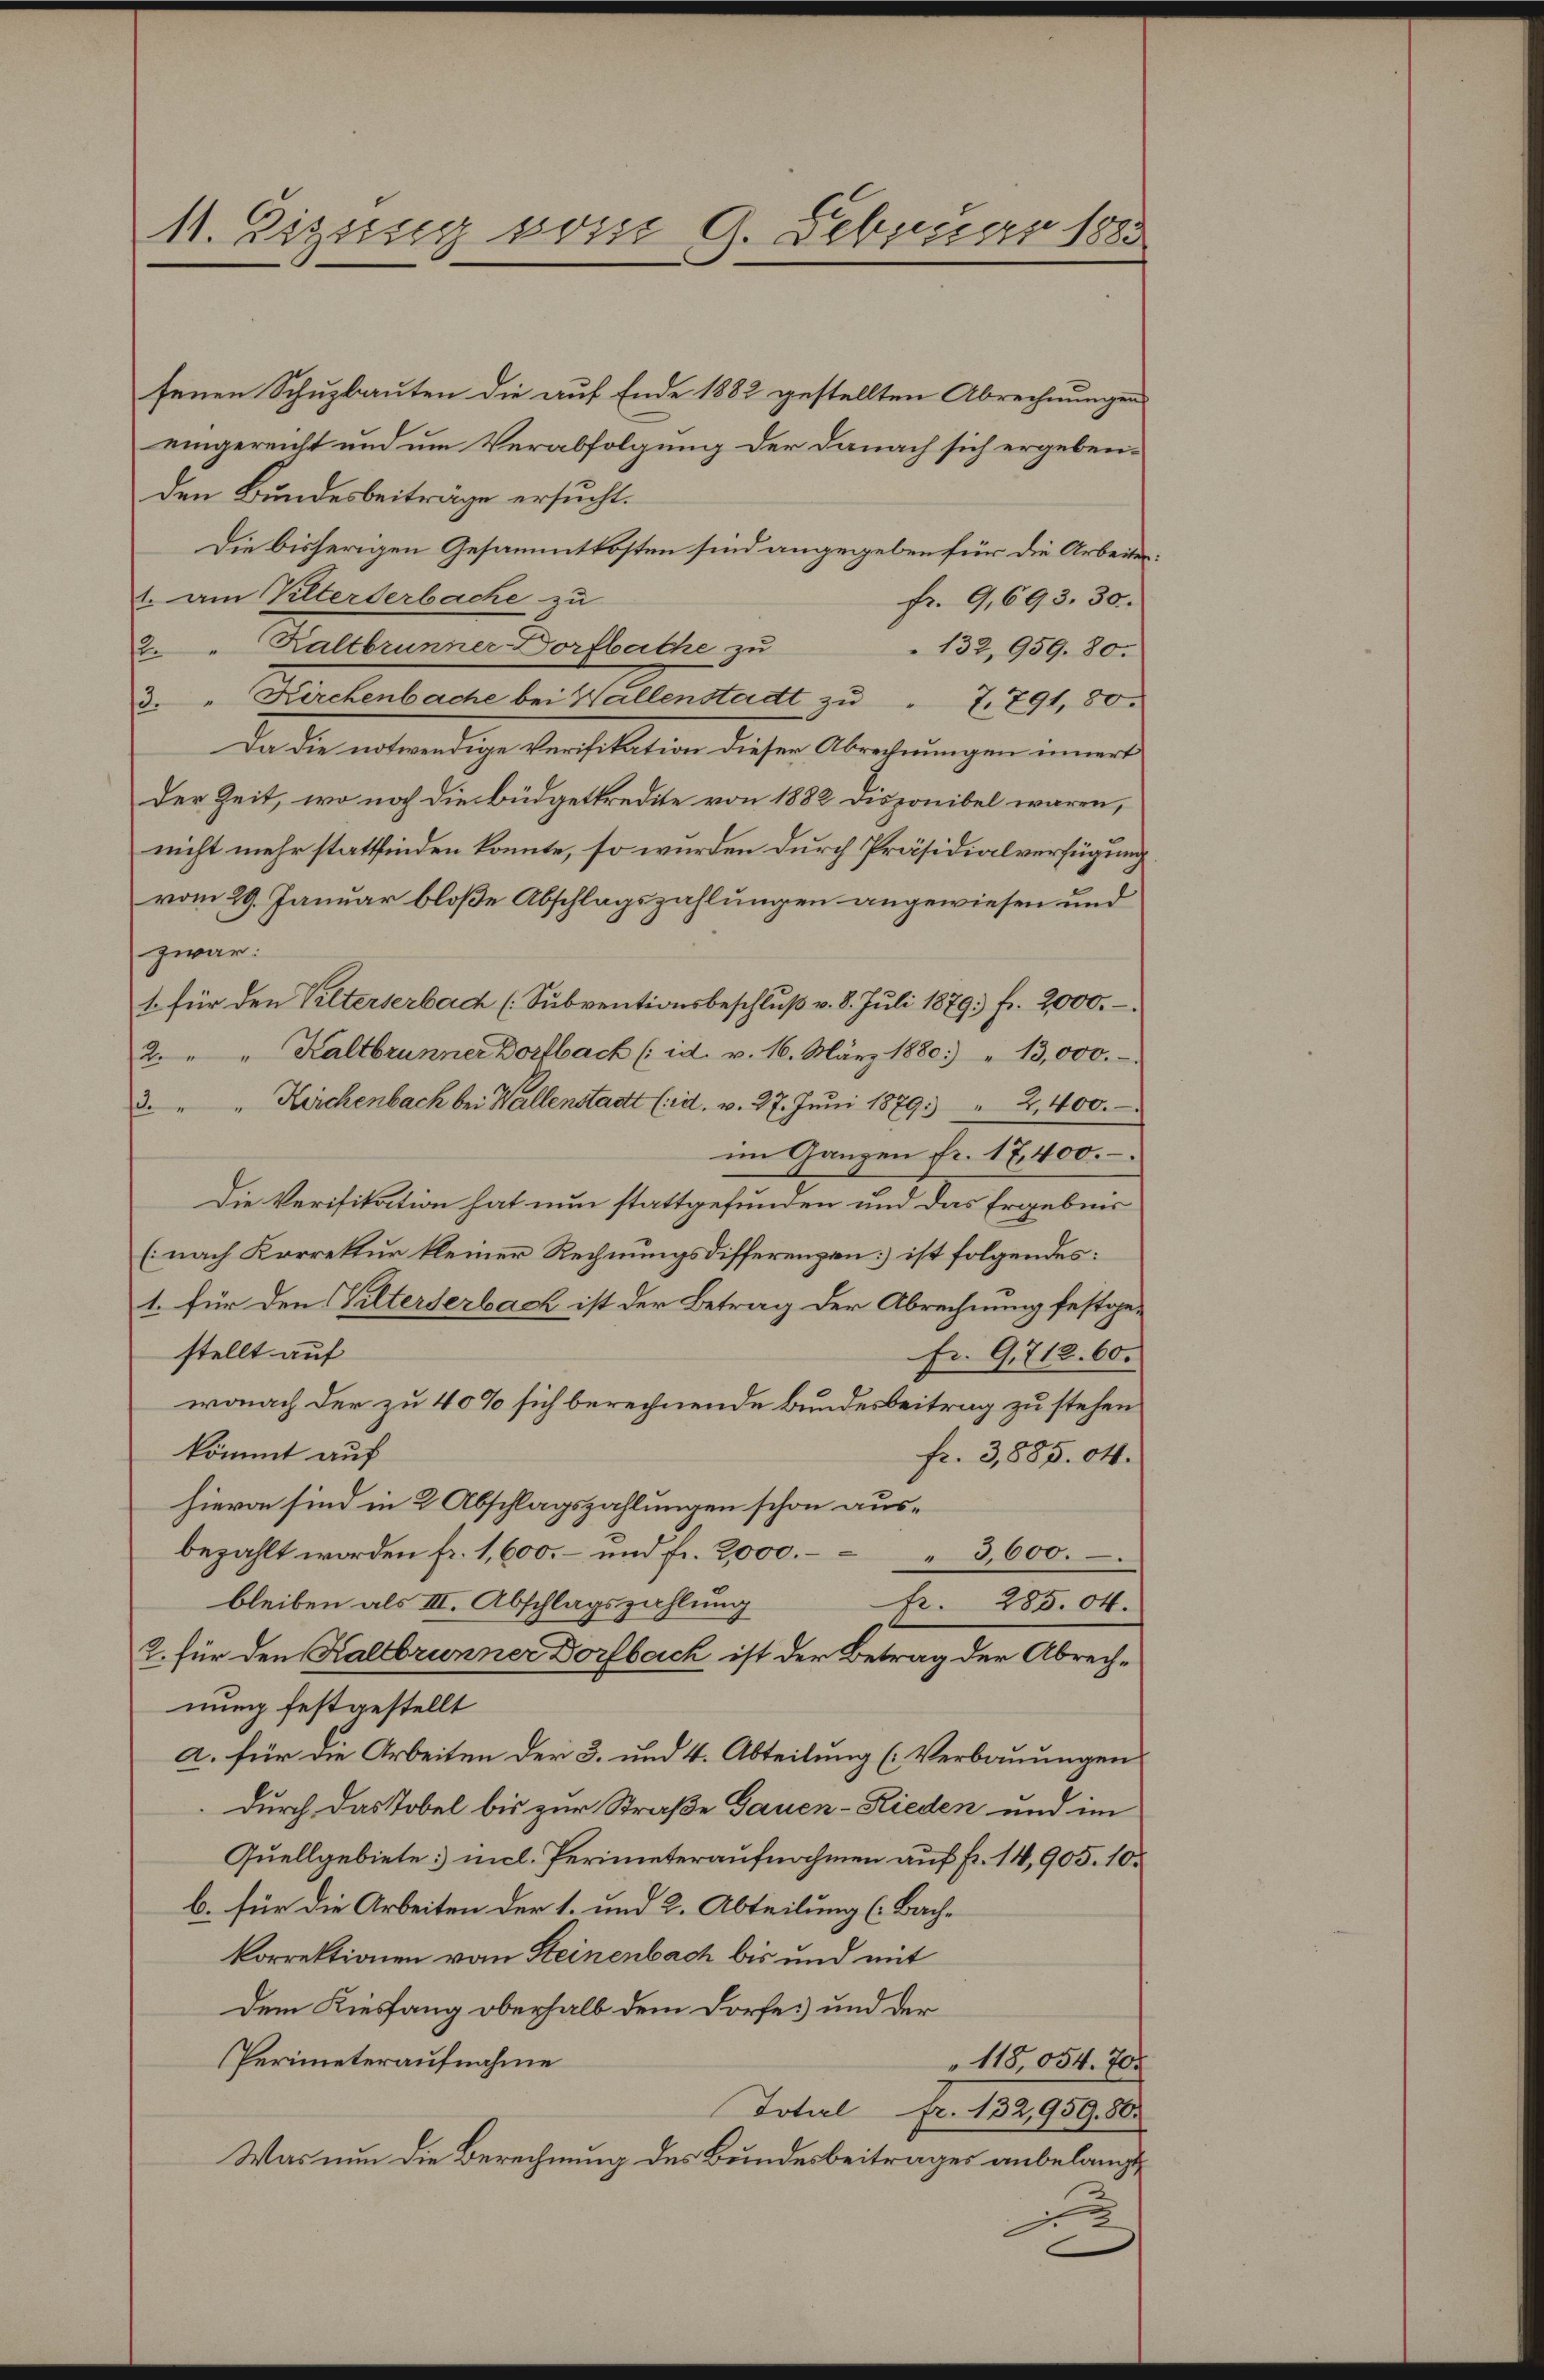
11. Einsseg vom 9. Februar 1883

fenen Schuzbauten die auf Ende 1882 gestellten Abrechnungen
eingereicht und um Verabfolgung der Danach sich ergeben:
den Bundesbeiträge ersucht.
Die bisherigen Gesammtkosten sind angegeben für die Arbeites
1. am Alterterbache zu
fr. 9,693. 30.
2. " Kaltbrunner Dorfbache zu
132,959. 80.
3. " Kirchenbache bei Wallenstadt zŭ " 7. 791, 80.
Da die notwendige Verifikation dieser Abrechnungen innert
der Zeit, wo noch die Büdgetkredite von 1882 Disponibel waren,
nicht mehr stattfinden konnte, so würden durch Präsidialverfügung
vom 29. Januar bloße Abschlagszahlungen angewiesen und
zwar:
1 für den Vilterserbach (Subventionsbeschluß v. 8. Juli 1879. fr. 2000.
2. " " Kaltbrunner Dorfbach (id. v. 16. März 1880.) " 13,000.-
3. " " Kirchenbach bei Wallenstatt (d. v. 27. Jŭni 1879 " 2,400.
im Ganzen fr. 17400.
Die Verifikation hat nun stattgefunden und das Ergebnis
(nach Korrektur kleiner Rechnungsdifferenzen ist folgendes:
1. für den Vilterserbach ist der Betrag der Abrechnung festgestellt auf
Fr. 9. 712. 60.
wonach der zu 40% sich berechnende Bundesbeitrag zu stehen
kömmt auf
fr. 3,885. 04.
hievon sind in 2 Abschlagszahlungen schon ausbezahlt worden fr. 1,600.- und fr. 2000. " 3,600.
bleiben als III. Abschlagszahlung
Fr. 285. 04.
2. für den Kaltbrunner Dorfbach ist der Betrag der Abrechnung festgestellt
a. für die Arbeiten der 3. und 4. Abteilung (Verbauungen
durch das Tobel bis zur Straße Gauen-Rieden und im
Quellgebiete nicl. Perimeteraufnahmen auf Fr. 14,905. 10.
b. für die Arbeiten der 1. und 2. Abteilung (Bachkorrektionen vom Steinenbach bis und mit
Dem Kiesfang oberhalb dem Dorfe und der
Perimeteraufnahme
118054. 704
Total fr. 132,959. 80.
Was nun die Berechnung des Bundesbeitrages anbelangt,